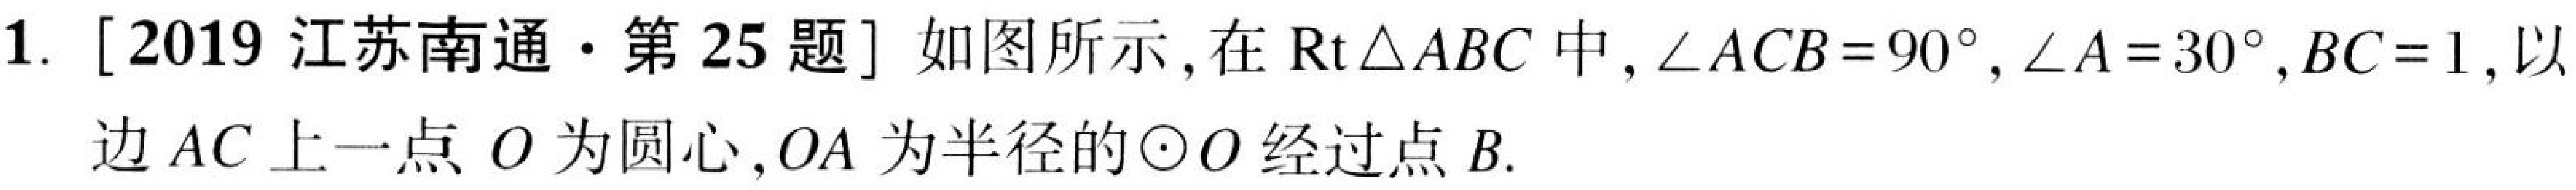
1. [2019 江苏南通·第 25 题] 如图所示，在\(\text{Rt}\triangle ABC\)中，\(\angle ACB = 90^{\circ},\angle A = 30^{\circ},BC = 1\), 以边\(AC\)上一点\(O\)为圆心,\(OA\)为半径的\(\odot O\)经过点\(B\).